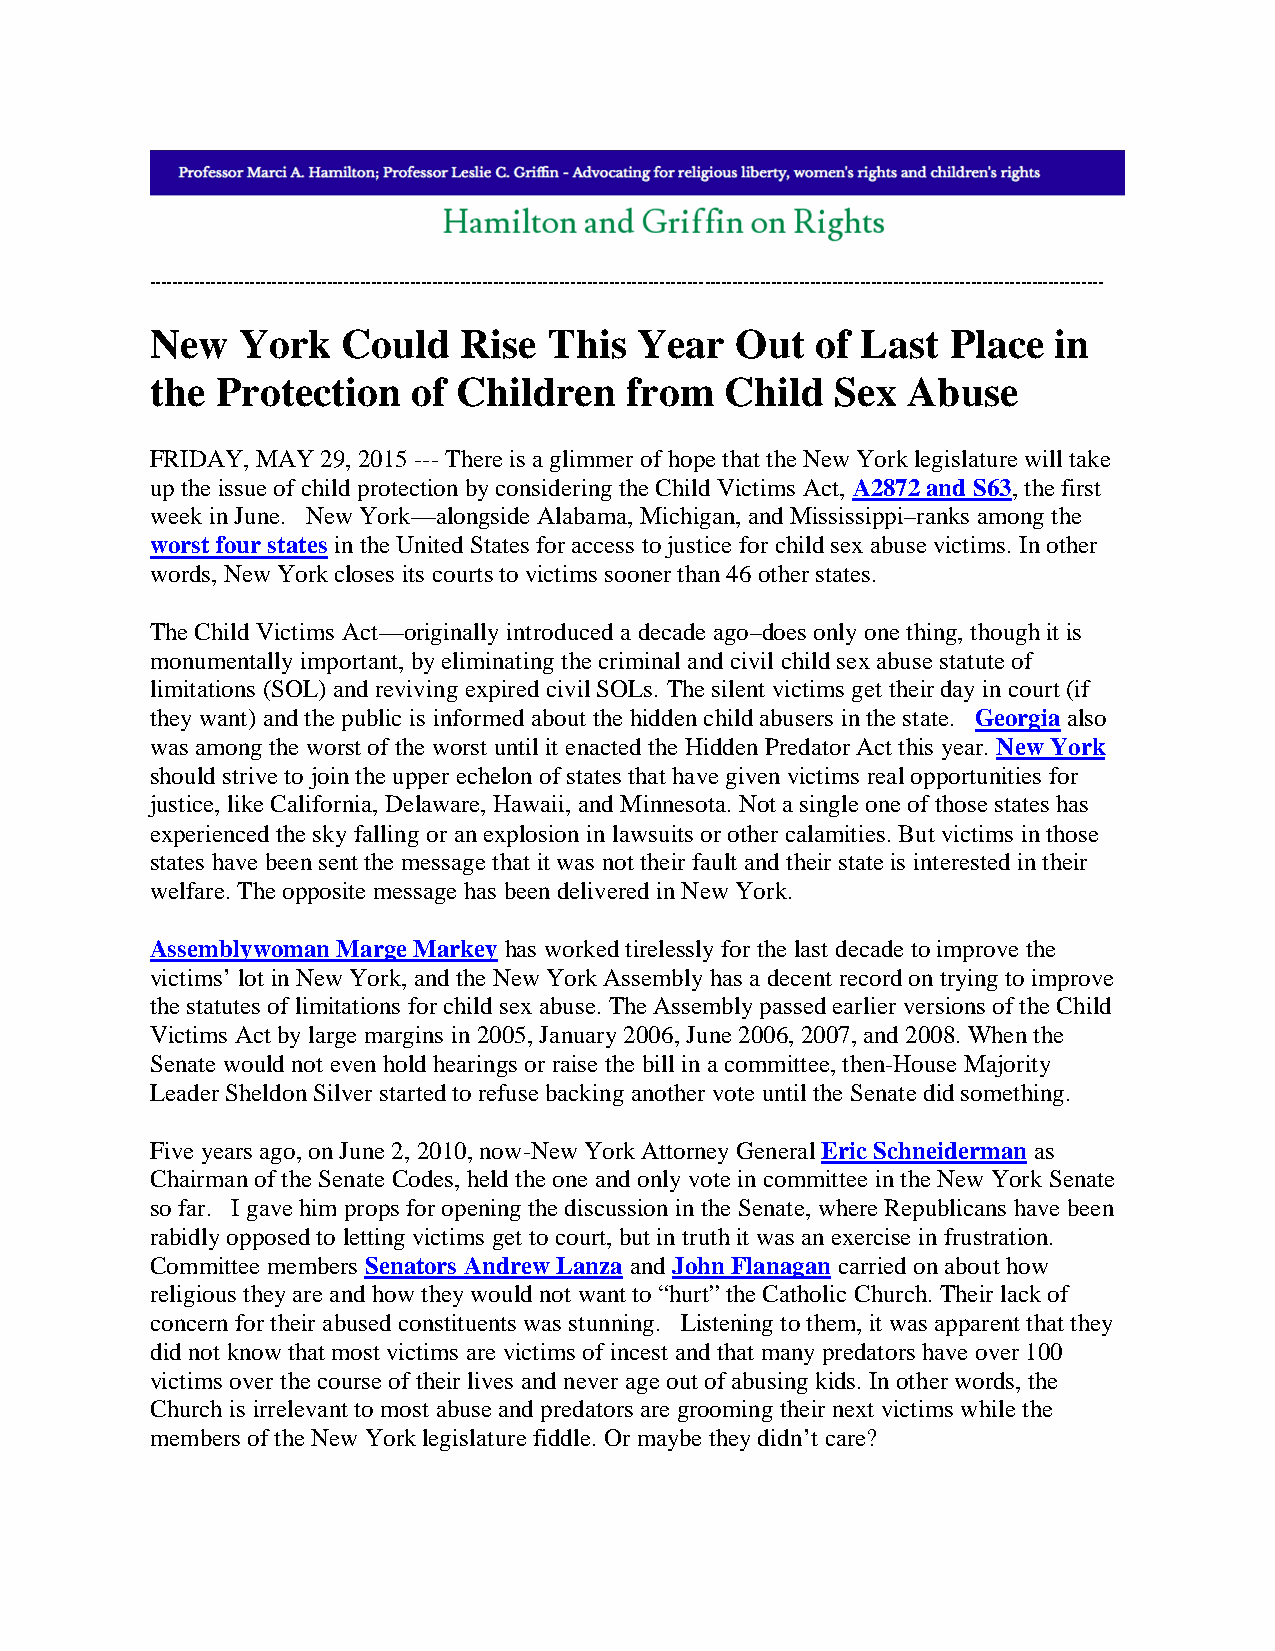
----------------------------------------------------------------------------------------------------------------------------------------------------------------------------
 New   York   Could   Rise This  Year   Out  of Last  Place  in
 the Protection   of Children   from   Child  Sex  Abuse
 FRIDAY, MAY 29, 2015 --- There is a glimmer of hope that the New York legislature will take
 up the issue of child protection by considering the Child Victims Act, A2872 and S63, the first
 week in June. New York—alongside Alabama, Michigan, and Mississippi–ranks among the
 worst four states in the United States for access to justice for child sex abuse victims. In other
 words, New York closes its courts to victims sooner than 46 other states.
 The Child Victims Act—originally introduced a decade ago–does only one thing, though it is
 monumentally important, by eliminating the criminal and civil child sex abuse statute of
 limitations (SOL) and reviving expired civil SOLs. The silent victims get their day in court (if
 they want) and the public is informed about the hidden child abusers in the state. Georgia also
 was among the worst of the worst until it enacted the Hidden Predator Act this year. New York
 should strive to join the upper echelon of states that have given victims real opportunities for
 justice, like California, Delaware, Hawaii, and Minnesota. Not a single one of those states has
 experienced the sky falling or an explosion in lawsuits or other calamities. But victims in those
 states have been sent the message that it was not their fault and their state is interested in their
 welfare. The opposite message has been delivered in New York.
 Assemblywoman Marge Markey has worked tirelessly for the last decade to improve the
 victims’ lot in New York, and the New York Assembly has a decent record on trying to improve
 the statutes of limitations for child sex abuse. The Assembly passed earlier versions of the Child
 Victims Act by large margins in 2005, January 2006, June 2006, 2007, and 2008. When the
 Senate would not even hold hearings or raise the bill in a committee, then-House Majority
 Leader Sheldon Silver started to refuse backing another vote until the Senate did something.
 Five years ago, on June 2, 2010, now-New York Attorney General Eric Schneiderman as
 Chairman of the Senate Codes, held the one and only vote in committee in the New York Senate
 so far. I gave him props for opening the discussion in the Senate, where Republicans have been
 rabidly opposed to letting victims get to court, but in truth it was an exercise in frustration.
 Committee members Senators Andrew Lanza and John Flanagan carried on about how
 religious they are and how they would not want to “hurt” the Catholic Church. Their lack of
 concern for their abused constituents was stunning. Listening to them, it was apparent that they
 did not know that most victims are victims of incest and that many predators have over 100
 victims over the course of their lives and never age out of abusing kids. In other words, the
 Church is irrelevant to most abuse and predators are grooming their next victims while the
 members of the New York legislature fiddle. Or maybe they didn’t care?